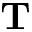
\mathbf { T }